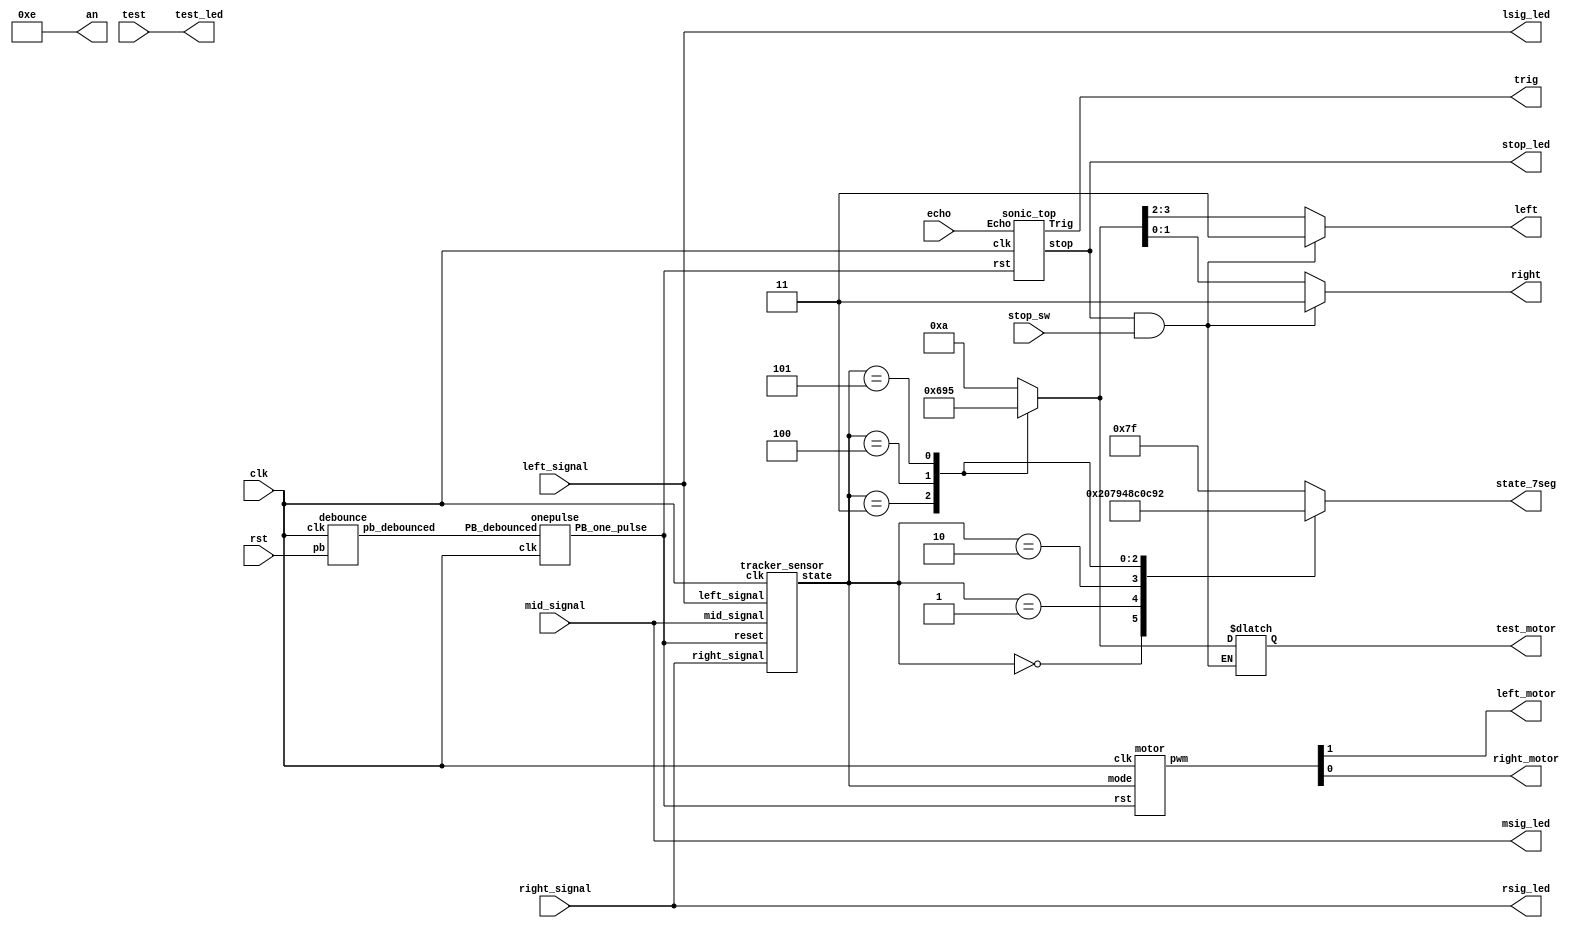
`timescale 1ns/1ps

module Top(
    input clk, // W5
    input rst,
    input echo, // H1
    input left_signal, // N2
    input right_signal, // L3
    input mid_signal, // M2
    output trig, // J1
    output left_motor, // L2
    output reg [1:0]left, // A16 A14
    output right_motor, //  K2
    output reg [1:0]right, //  B16 B15
    output wire test_led, // U18
    input test, // V17
    output wire lsig_led, // E19
    output wire rsig_led, // V19
    output wire msig_led, // U19
    output wire stop_led, // L1
    input stop_sw, // R2
    output reg [6:0] state_7seg, // 7seg
    output wire [3:0] an,
    output reg [3:0] test_motor // 
);
    
    wire Rst_n, rst_pb, stop, stop_ctrl;
    debounce d0(rst_pb, rst, clk);
    onepulse d1(rst_pb, clk, Rst_n);
    
    wire [2:0] state;
    wire [1:0] pwm;
    
    assign left_motor = pwm[1];
    assign right_motor = pwm[0];
    
    assign test_led = test;
    assign lsig_led = left_signal;
    assign msig_led = mid_signal;
    assign rsig_led = right_signal;
    assign stop_led = stop;
    assign stop_ctrl = stop & stop_sw;
    assign an = 4'b1110;
    
    always @ (*) begin
    	case (state)
    		3'd0 : state_7seg = 7'b1000000;	//0000
			3'd1 : state_7seg = 7'b1111001;   //0001
			3'd2 : state_7seg = 7'b0100100;   //0010
			3'd3 : state_7seg = 7'b0110000;   //0011
			3'd4 : state_7seg = 7'b0011001;   //0100
            3'd5 : state_7seg = 7'b0010010; //0101
			default : state_7seg = 7'b1111111;
    	endcase
    end
    
    motor A(
        .clk(clk),
        .rst(Rst_n),
        .mode(state),
        .pwm(pwm)
    );

    sonic_top B(
        .clk(clk), 
        .rst(Rst_n), 
        .Echo(echo), 
        .Trig(trig),
        .stop(stop)
    );
    
    tracker_sensor C(
        .clk(clk), 
        .reset(Rst_n), 
        .left_signal(left_signal), 
        .right_signal(right_signal),
        .mid_signal(mid_signal), 
        .state(state)
       );

    parameter turn_left = 3'd0;
    parameter turn_right = 3'd1;
    parameter go_straight = 3'd2;
    parameter sharp_turn_left = 3'd3;
    parameter sharp_turn_right = 3'd4;
    parameter back = 3'd5;
    always @(*) begin
        // [TO-DO] Use left and right to set your pwm
        //if(stop) {left, right} = ???;
        //else  {left, right} = ???;
        // if(stop_ctrl) begin
        //     left = 2'b11;
        //     right = 2'b11;
        // end
        // else if(state == sharp_turn_left) {left, right} = 4'b0110;
        // else if(state == sharp_turn_right) {left, right} = 4'b1001;
        // else {left, right} = 4'b1010;
        if(stop_ctrl) begin
            {left, right} = 4'b1111;
        end
        else begin
            case(state)
                go_straight:begin
                {left, right} = 4'b1010;
                test_motor = 4'b1010;
                end
                turn_left: begin
                {left, right} = 4'b1010;
                test_motor = 4'b1010;
                end
                turn_right:begin
                {left, right} = 4'b1010;
                test_motor = 4'b1010;
                end
                sharp_turn_left: begin
                {left, right} = 4'b0110;
                test_motor = 4'b0110;
                end
                sharp_turn_right:begin
                {left, right} = 4'b1001;
                test_motor = 4'b1001;
                end
                back:begin
                {left, right} = 4'b0101;
                test_motor = 4'b0101;
                end
                default: begin
                {left, right} = 4'b1010;
                test_motor = 4'b1010;
                end
            endcase
        end
    end

endmodule

module debounce (pb_debounced, pb, clk);
    output pb_debounced; 
    input pb;
    input clk;
    reg [4:0] DFF;
    
    always @(posedge clk) begin
        DFF[4:1] <= DFF[3:0];
        DFF[0] <= pb; 
    end
    assign pb_debounced = (&(DFF)); 
endmodule

module onepulse (PB_debounced, clk, PB_one_pulse);
    input PB_debounced;
    input clk;
    output reg PB_one_pulse;
    reg PB_debounced_delay;

    always @(posedge clk) begin
        PB_one_pulse <= PB_debounced & (! PB_debounced_delay);
        PB_debounced_delay <= PB_debounced;
    end 
endmodule

module motor(
    input clk,
    input rst,
    input [2:0] mode, // take state in tracker_sensor as input
    output wire [1:0] pwm
);

    reg [9:0]next_left_motor, next_right_motor;
    reg [9:0]left_motor, right_motor;
    wire left_pwm, right_pwm;
    
    parameter turn_left = 3'd0;
    parameter turn_right = 3'd1;
    parameter go_straight = 3'd2;
    parameter sharp_turn_left = 3'd3;
    parameter sharp_turn_right = 3'd4;
    parameter back = 3'd5;
    
    parameter straight_speed = 10'd1023;
    parameter turn_in = 10'd723;
    parameter turn_out = 10'd1023;
    parameter sharp_turn_in = 10'd1023;
    parameter sharp_turn_out = 10'd1023;
    parameter back_speed = 10'd1023;


    motor_pwm m0(clk, rst, left_motor, left_pwm);
    motor_pwm m1(clk, rst, right_motor, right_pwm);
    
    always@(posedge clk)begin
        if(rst)begin
            left_motor <= 10'd0;
            right_motor <= 10'd0;
        end else begin
            left_motor <= next_left_motor;
            right_motor <= next_right_motor;
        end
    end
    
    // [TO-DO] take the right speed for different situation
    always@(*)begin
        case(mode)
        // speed max 1023
        turn_left:begin
            next_left_motor = turn_in;
            next_right_motor = turn_out;
        end
        turn_right:begin
            next_left_motor = turn_out;
            next_right_motor = turn_in;
        end
        sharp_turn_left:begin 
            next_left_motor = sharp_turn_in;
            next_right_motor = sharp_turn_out;
        end
        sharp_turn_right:begin 
            next_left_motor = sharp_turn_out;
            next_right_motor = sharp_turn_in;
        end
        go_straight:begin
            next_left_motor = straight_speed;
            next_right_motor = 10'd1023;
        end
        default:begin
            next_left_motor = straight_speed;
            next_right_motor = straight_speed;
        end
        endcase
    end

    assign pwm = {left_pwm, right_pwm};
endmodule

module motor_pwm (
    input clk,
    input reset,
    input [9:0]duty,
	output pmod_1 //PWM
);
        
    PWM_gen pwm_0 ( 
        .clk(clk), 
        .reset(reset), 
        .freq(32'd25000),
        .duty(duty), 
        .PWM(pmod_1)
    );

endmodule

//generte PWM by input frequency & duty
module PWM_gen (
    input wire clk,
    input wire reset,
	input [31:0] freq,
    input [9:0] duty,
    output reg PWM
);
    wire [31:0] count_max = 32'd100_000_000 / freq;
    wire [31:0] count_duty = count_max * duty / 32'd1024;
    reg [31:0] count;
        
    always @(posedge clk, posedge reset) begin
        if (reset) begin
            count <= 32'b0;
            PWM <= 1'b0;
        end else if (count < count_max) begin
            count <= count + 32'd1;
            if(count < count_duty)
                PWM <= 1'b1;
            else
                PWM <= 1'b0;
        end else begin
            count <= 32'b0;
            PWM <= 1'b0;
        end
    end
endmodule

module sonic_top(clk, rst, Echo, Trig, stop);
	input clk, rst, Echo;
	output Trig;
	output reg stop;

	wire[19:0] dis; // 1e-3cm
	wire[19:0] d;
    wire clk1M;
	wire clk_2_17;

    div clk1(clk ,clk1M);
	TrigSignal u1(.clk(clk), .rst(rst), .trig(Trig));
	PosCounter u2(.clk(clk1M), .rst(rst), .echo(Echo), .distance_count(dis));

    // [TO-DO] calculate the right distance to trig stop(triggered when the distance is lower than 40 cm)
    // Hint: using "dis"
    always@(posedge clk) begin
        if(rst) stop <= 1'b0;
        else if(dis <= 20'd4000) stop <= 1'b1;
        else stop <= 1'b0;
    end

endmodule

module PosCounter(clk, rst, echo, distance_count);
    input clk, rst, echo;
    output[19:0] distance_count;

    parameter S0 = 2'b00;
    parameter S1 = 2'b01;
    parameter S2 = 2'b10;

    wire start, finish;
    reg[1:0] curr_state, next_state;
    reg echo_reg1, echo_reg2;
    reg[19:0] count, next_count, distance_register, next_distance;
    wire[19:0] distance_count;

    always@(posedge clk) begin
        if(rst) begin
            echo_reg1 <= 1'b0;
            echo_reg2 <= 1'b0;
            count <= 20'b0;
            distance_register <= 20'b0;
            curr_state <= S0;
        end
        else begin
            echo_reg1 <= echo;
            echo_reg2 <= echo_reg1;
            count <= next_count;
            distance_register <= next_distance;
            curr_state <= next_state;
        end
    end

    always @(*) begin
        case(curr_state)
            S0: begin
                next_distance = distance_register;
                if (start) begin
                    next_state = S1;
                    next_count = count;
                end else begin
                    next_state = curr_state;
                    next_count = 20'b0;
                end
            end
            S1: begin
                next_distance = distance_register;
                if (finish) begin
                    next_state = S2;
                    next_count = count;
                end else begin
                    next_state = curr_state;
                    next_count = (count > 20'd600_000) ? count : count + 1'b1;
                end
            end
            S2: begin
                next_distance = count;
                next_count = 20'b0;
                next_state = S0;
            end
            default: begin
                next_distance = 20'b0;
                next_count = 20'b0;
                next_state = S0;
            end
        endcase
    end

    assign distance_count = distance_register * 20'd100 / 20'd58;
    assign start = echo_reg1 & ~echo_reg2;
    assign finish = ~echo_reg1 & echo_reg2;
endmodule

module TrigSignal(clk, rst, trig);
    input clk, rst;
    output trig;

    reg trig, next_trig;
    reg[23:0] count, next_count;

    always @(posedge clk, posedge rst) begin
        if (rst) begin
            count <= 24'b0;
            trig <= 1'b0;
        end
        else begin
            count <= next_count;
            trig <= next_trig;
        end
    end

    always @(*) begin
        next_trig = trig;
        next_count = count + 1'b1;
        if(count == 24'd999)
            next_trig = 1'b0;
        else if(count == 24'd9999999) begin
            next_trig = 1'b1;
            next_count = 24'd0;
        end
    end
endmodule

module div(clk ,out_clk);
    input clk;
    output out_clk;
    reg out_clk;
    reg [6:0]cnt;

    always @(posedge clk) begin
        if(cnt < 7'd50) begin
            cnt <= cnt + 1'b1;
            out_clk <= 1'b1;
        end
        else if(cnt < 7'd100) begin
	        cnt <= cnt + 1'b1;
	        out_clk <= 1'b0;
        end
        else if(cnt == 7'd100) begin
            cnt <= 7'b0;
            out_clk <= 1'b1;
        end
        else begin
            cnt <= 7'b0;
            out_clk <= 1'b1;
        end
    end
endmodule

module tracker_sensor(clk, reset, left_signal, right_signal, mid_signal, state);
    input clk;
    input reset;
    input left_signal, right_signal, mid_signal; // black low, white high
    output reg [2:0] state;

    // [TO-DO] Receive three signals and make your own policy.
    // Hint: You can use output state to change your action.

    reg [2:0]next_state;
    // wire [2:0]signal;

    // assign signal = {left_signal, mid_signal, right_signal};

    parameter turn_left = 3'd0;
    parameter turn_right = 3'd1;
    parameter go_straight = 3'd2;
    parameter sharp_turn_left = 3'd3;
    parameter sharp_turn_right = 3'd4;
    //  parameter back = 3'd5;

    always@(posedge clk)begin
        if(reset) state <= go_straight;
        else state <= next_state;
    end
    always@(*)begin
//         case(signal)
//             3'b000:next_state = back; // all black, go back and redetect
//             3'b001:next_state = sharp_turn_right;
//             3'b010:next_state = back;
//             3'b011:next_state = turn_right;
//             3'b100:next_state = sharp_turn_left;
//             3'b110:next_state = turn_left;
//             3'b111:next_state = go_straight; // all white
//             default:next_state = go_straight;
//         endcase
    case(state)
            go_straight:begin
                if(left_signal == 1'b0 && right_signal == 1'b1) next_state = turn_right;
                else if(left_signal == 1'b1 && right_signal == 1'b0) next_state = turn_left;
                // else if(left_signal == 1'b0 && right_signal == 1'b0) next_state = back;
                else next_state = go_straight;
            end
            turn_left:begin
                if(right_signal == 1'b0) begin
                    if(mid_signal == 1'b0) next_state = sharp_turn_left;
                    else next_state = turn_left;
                end
                else next_state = go_straight;
            end
            turn_right:begin
                if(left_signal == 1'b0) begin
                    if(mid_signal == 1'b0) next_state = sharp_turn_right;
                    else next_state = turn_right;
                end
                else next_state = go_straight;
            end
            sharp_turn_left:begin
                if(mid_signal == 1'b0) next_state = sharp_turn_left;
                else next_state = turn_left;
            end
            sharp_turn_right:begin
                if(mid_signal == 1'b0) next_state = sharp_turn_right;
                else next_state = turn_right;
            end
            default:begin
                next_state = go_straight;
            end
    endcase
    end
endmodule